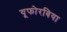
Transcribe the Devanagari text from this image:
यूफोरबिया